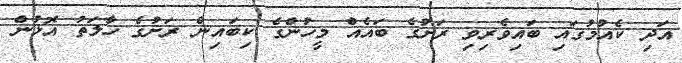
އަދި ކެއުމުގައި ބައިވެރިވި ރަށުގެ ބައެއް މީހުންގެ ކިބައިން ރަށުގެ ހާލަތު އޮޅުން